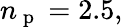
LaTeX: n_{\mathrm{~p~}}=2.5,